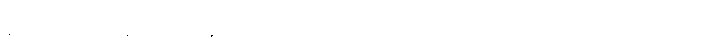
နံရံပေါ်မှာ ပန်းချီကားတစ်ချပ် မြင်တယ်ဆို၊ အဲဒီကားဟာ ဘာကားလဲ ဆိုတာကို ပြောပြစမ်းပါ